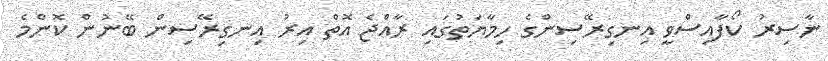
ނާސިރު ކޯފާއިސްވީ އިނގިރޭސިންގެ ހިމާޔަތުގައި ރާއްޖެ އޮތް އިރު އިނގިރޭސިން ބޭނުން ކޮންމެ